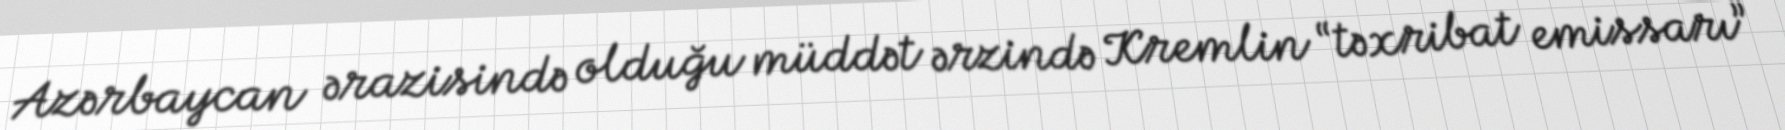
Azərbaycan ərazisində olduğu müddət ərzində Kremlin “təxribat emissarı”